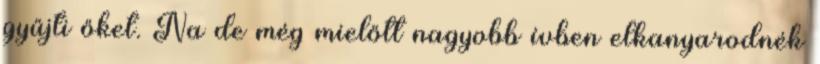
gyűjti őket. Na de még mielőtt nagyobb ívben elkanyarodnék